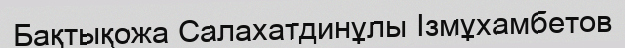
Бақтықожа Салахатдинұлы Ізмұхамбетов